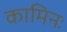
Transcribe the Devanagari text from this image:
कामिनः